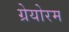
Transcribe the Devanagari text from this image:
ग्रेयोरम